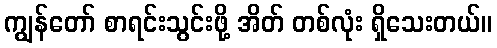
ကျွန်တော် စာရင်းသွင်းဖို့ အိတ် တစ်လုံး ရှိသေးတယ်။